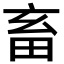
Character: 畜